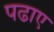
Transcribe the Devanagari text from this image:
पढाए